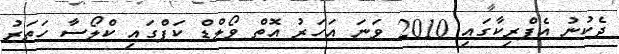
ދެކުނު އެފްރިކާގައި 2010 ވަނަ އަހަރު އޮތް ވޯލްޑް ކަޕްގައި ކްލޯސާ ހަތަރު